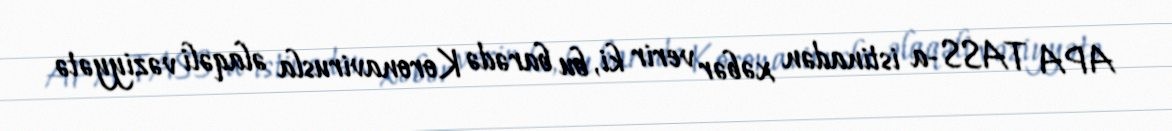
APA TASS-a istinadən xəbər verir ki, bu barədə Koronavirusla əlaqəli vəziyyətə